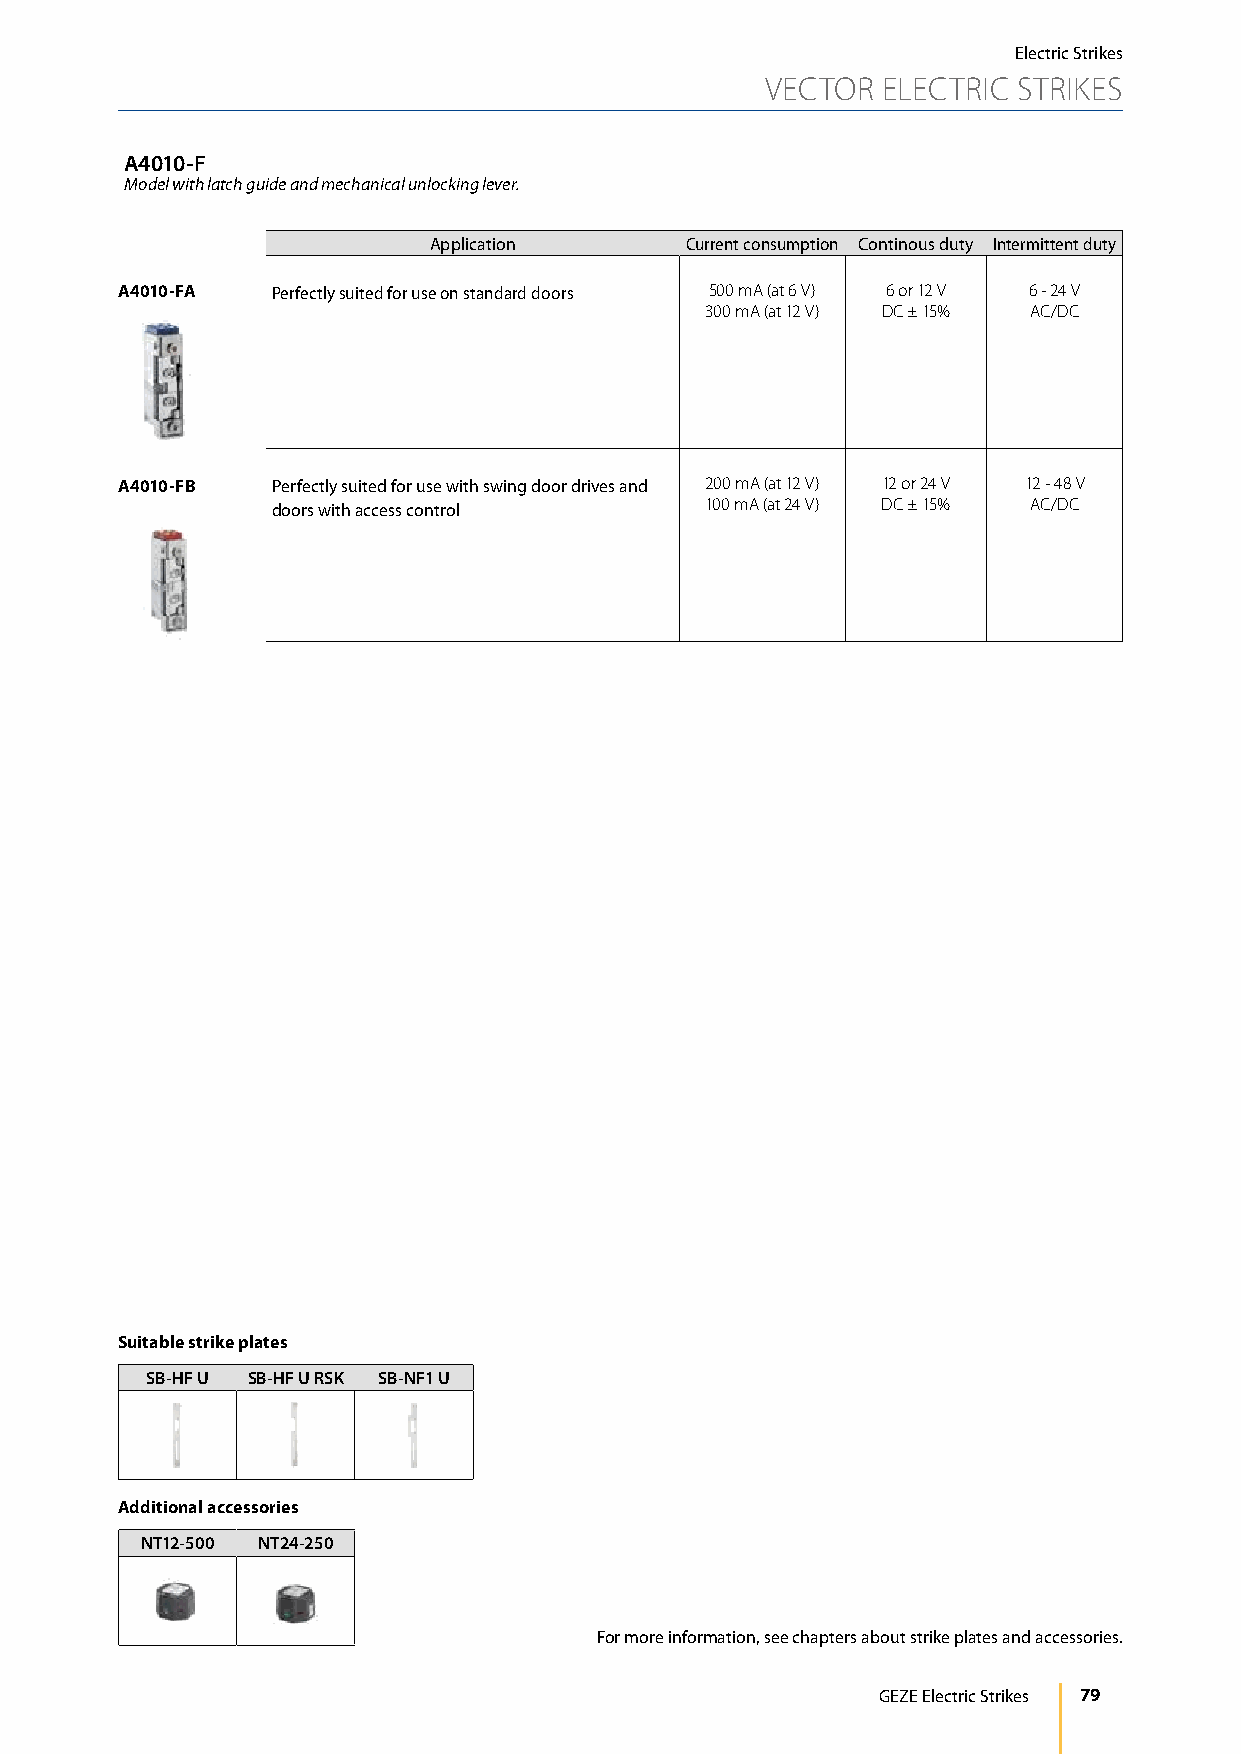
Electric Strikes
 VECTOR ELECTRIC STRIKES
 A4010-F
 Model with latch guide and mechanical unlocking lever.
 Application      Current consumption Continous duty Intermittent duty
 A4010-FA  Perfectly suited for use on standard doors 500 mA (at 6 V) 6 or 12 V 6 - 24 V
 300 mA (at 12 V) DC ± 15% AC/DC
 A4010-FB  Perfectly suited for use with swing door drives and 200 mA (at 12 V) 12 or 24 V 12 - 48 V
 doors with access control    100 mA (at 24 V) DC ± 15% AC/DC
 Suitable strike plates
 SB-HF U SB-HF U RSK SB-NF1 U
 Additional accessories
 NT12-500 NT24-250
 For more information, see chapters about strike plates and accessories.
 GEZE Electric Strikes 79